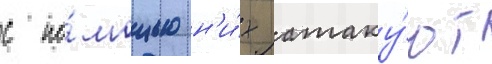
с по́мощью н'и́х атаку́ют